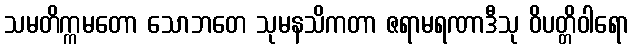
သမတိက္ကမတော သောဘတေ သုမနသိကတာ ဇရာမရဏာဒီသု ဝိပတ္တိဝါရော